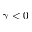
\gamma < 0